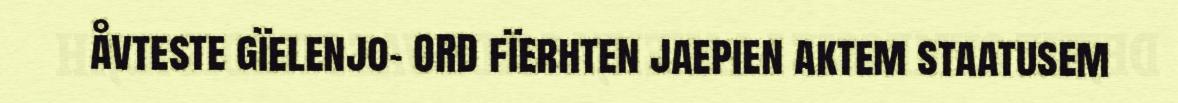
åvteste gïelenjo- ORD fïerhten jaepien aktem staatusem